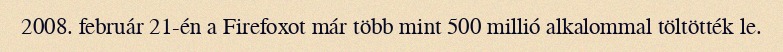
2008. február 21-én a Firefoxot már több mint 500 millió alkalommal töltötték le.